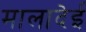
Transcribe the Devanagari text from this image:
मालादेई